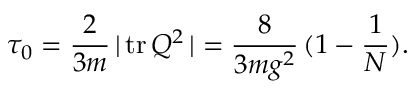
\tau _ { 0 } = \frac { 2 } { 3 m } \, \vert \, \mathrm { t r } \, Q ^ { 2 } \, \vert = \frac { 8 } { 3 m g ^ { 2 } } \, ( 1 - \frac { 1 } { N } ) .